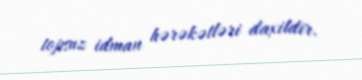
topsuz idman hərəkətləri daxildir.